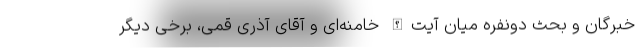
خبرگان و بحث دونفره میان آیت‌الله خامنه‌ای و آقای آذری قمی، برخی دیگر